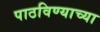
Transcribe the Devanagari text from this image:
पाठविण्याच्या